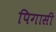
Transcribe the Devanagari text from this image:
पिगासी